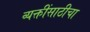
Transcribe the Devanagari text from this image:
व्यक्तींसाठीचा